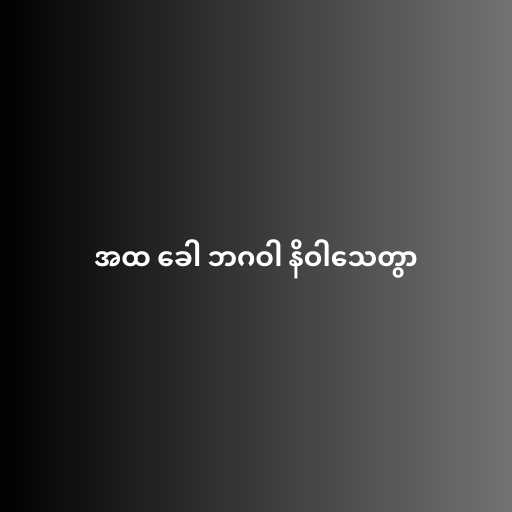
အထ ခေါ ဘဂဝါ နိဝါသေတွာ